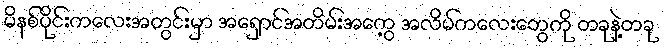
မိနစ်ပိုင်းကလေးအတွင်းမှာ အရှောင်အတိမ်းအကွေ့ အလိမ်ကလေးတွေကို တခုနဲ့တခု